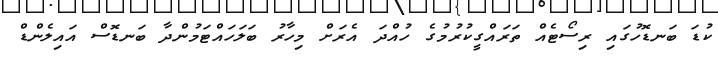
ކުޑަ ބަނޑޮހުގައި ރިސޯޓެއް ތަރައްގީކުރުމުގެ ހުއްދަ އެރަށް މިހާރު ބަލަހައްޓަމުންދާ ބަނޑޮސް އައިލެންޑް